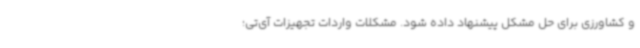
و کشاورزی برای حل مشکل پیشنهاد داده شود. مشکلات واردات تجهیزات آی‌تی؛